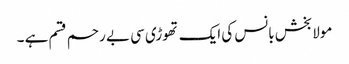
مولابخش بانس کی ایک تھوڑی سی بے رحم قسم ہے ۔